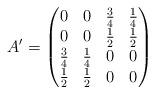
LaTeX: \begin{align*}A'=\begin{pmatrix}0&0&\frac{3}{4}&\frac{1}{4}\\0&0&\frac{1}{2}&\frac{1}{2}\\\frac{3}{4}&\frac{1}{4}&0&0\\\frac{1}{2}&\frac{1}{2}&0&0\end{pmatrix}\end{align*}